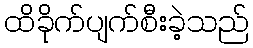
ထိခိုက်ပျက်စီးခဲ့သည်